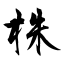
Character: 株